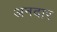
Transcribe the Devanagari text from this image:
अनदार